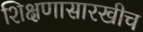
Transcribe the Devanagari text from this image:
शिक्षणासारखीच